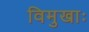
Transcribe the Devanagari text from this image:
विमुखाः